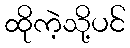
ထိုကဲ့သို့ပင်